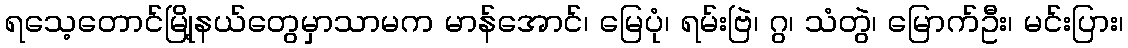
ရသေ့တောင်မြို့နယ်တွေမှာသာမက မာန်အောင်၊ မြေပုံ၊ ရမ်းဗြဲ၊ ဂွ၊ သံတွဲ၊ မြောက်ဦး၊ မင်းပြား၊